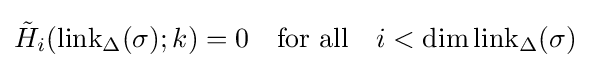
{\tilde {H}}_{i}(\operatorname {link} _{\Delta }(\sigma );k)=0\quad {\text{for all}}\quad i<\dim \operatorname {link} _{\Delta }(\sigma )